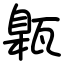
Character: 甈